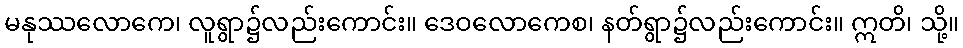
မနုဿလောကေ၊ လူရွာ၌လည်းကောင်း။ ဒေဝလောကေစ၊ နတ်ရွာ၌လည်းကောင်း။ ဣတိ၊ သို့။